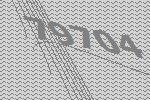
79704